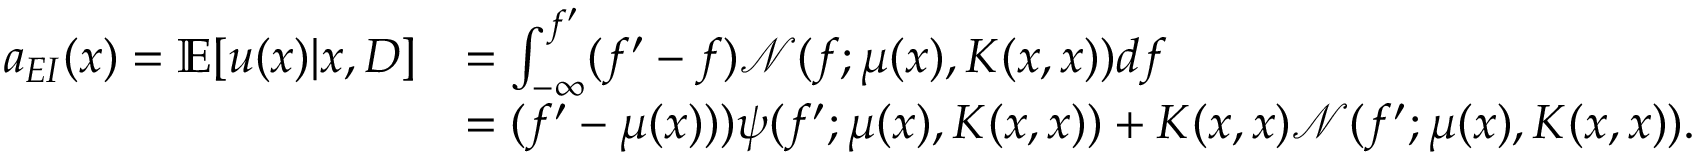
\begin{array} { r l } { a _ { E I } ( x ) = \mathbb { E } [ u ( x ) | x , D ] } & { = \int _ { - \infty } ^ { f ^ { \prime } } ( f ^ { \prime } - f ) \mathcal { N } ( f ; \mu ( x ) , K ( x , x ) ) d f } \\ & { = ( f ^ { \prime } - \mu ( x ) ) ) \psi ( f ^ { \prime } ; \mu ( x ) , K ( x , x ) ) + K ( x , x ) \mathcal { N } ( f ^ { \prime } ; \mu ( x ) , K ( x , x ) ) . } \end{array}